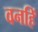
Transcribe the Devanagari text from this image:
वनहिं